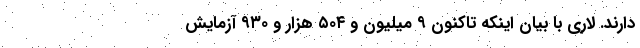
دارند. لاری با بیان اینکه تاکنون ۹ میلیون و ۵۰۴ هزار و ۹۳۰ آزمایش